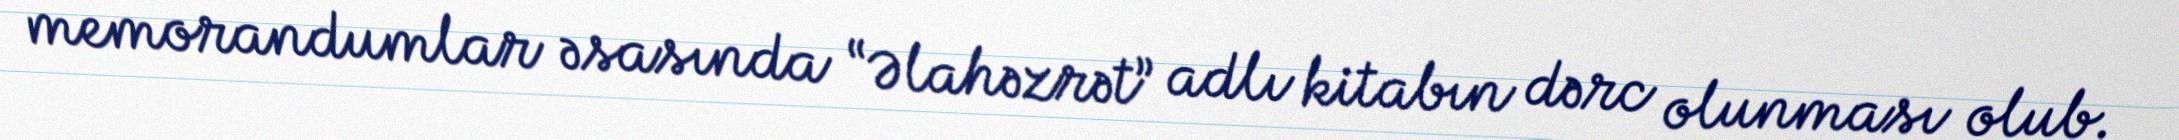
memorandumlar əsasında “Əlahəzrət” adlı kitabın dərc olunması olub.